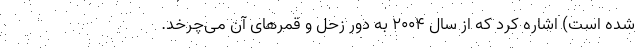
شده است) اشاره کرد که از سال ۲۰۰۴ به دور زحل و قمرهای آن می‌چرخد.